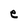
Character: e